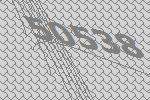
50538